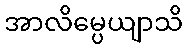
အာလိမ္ပေယျာသိ